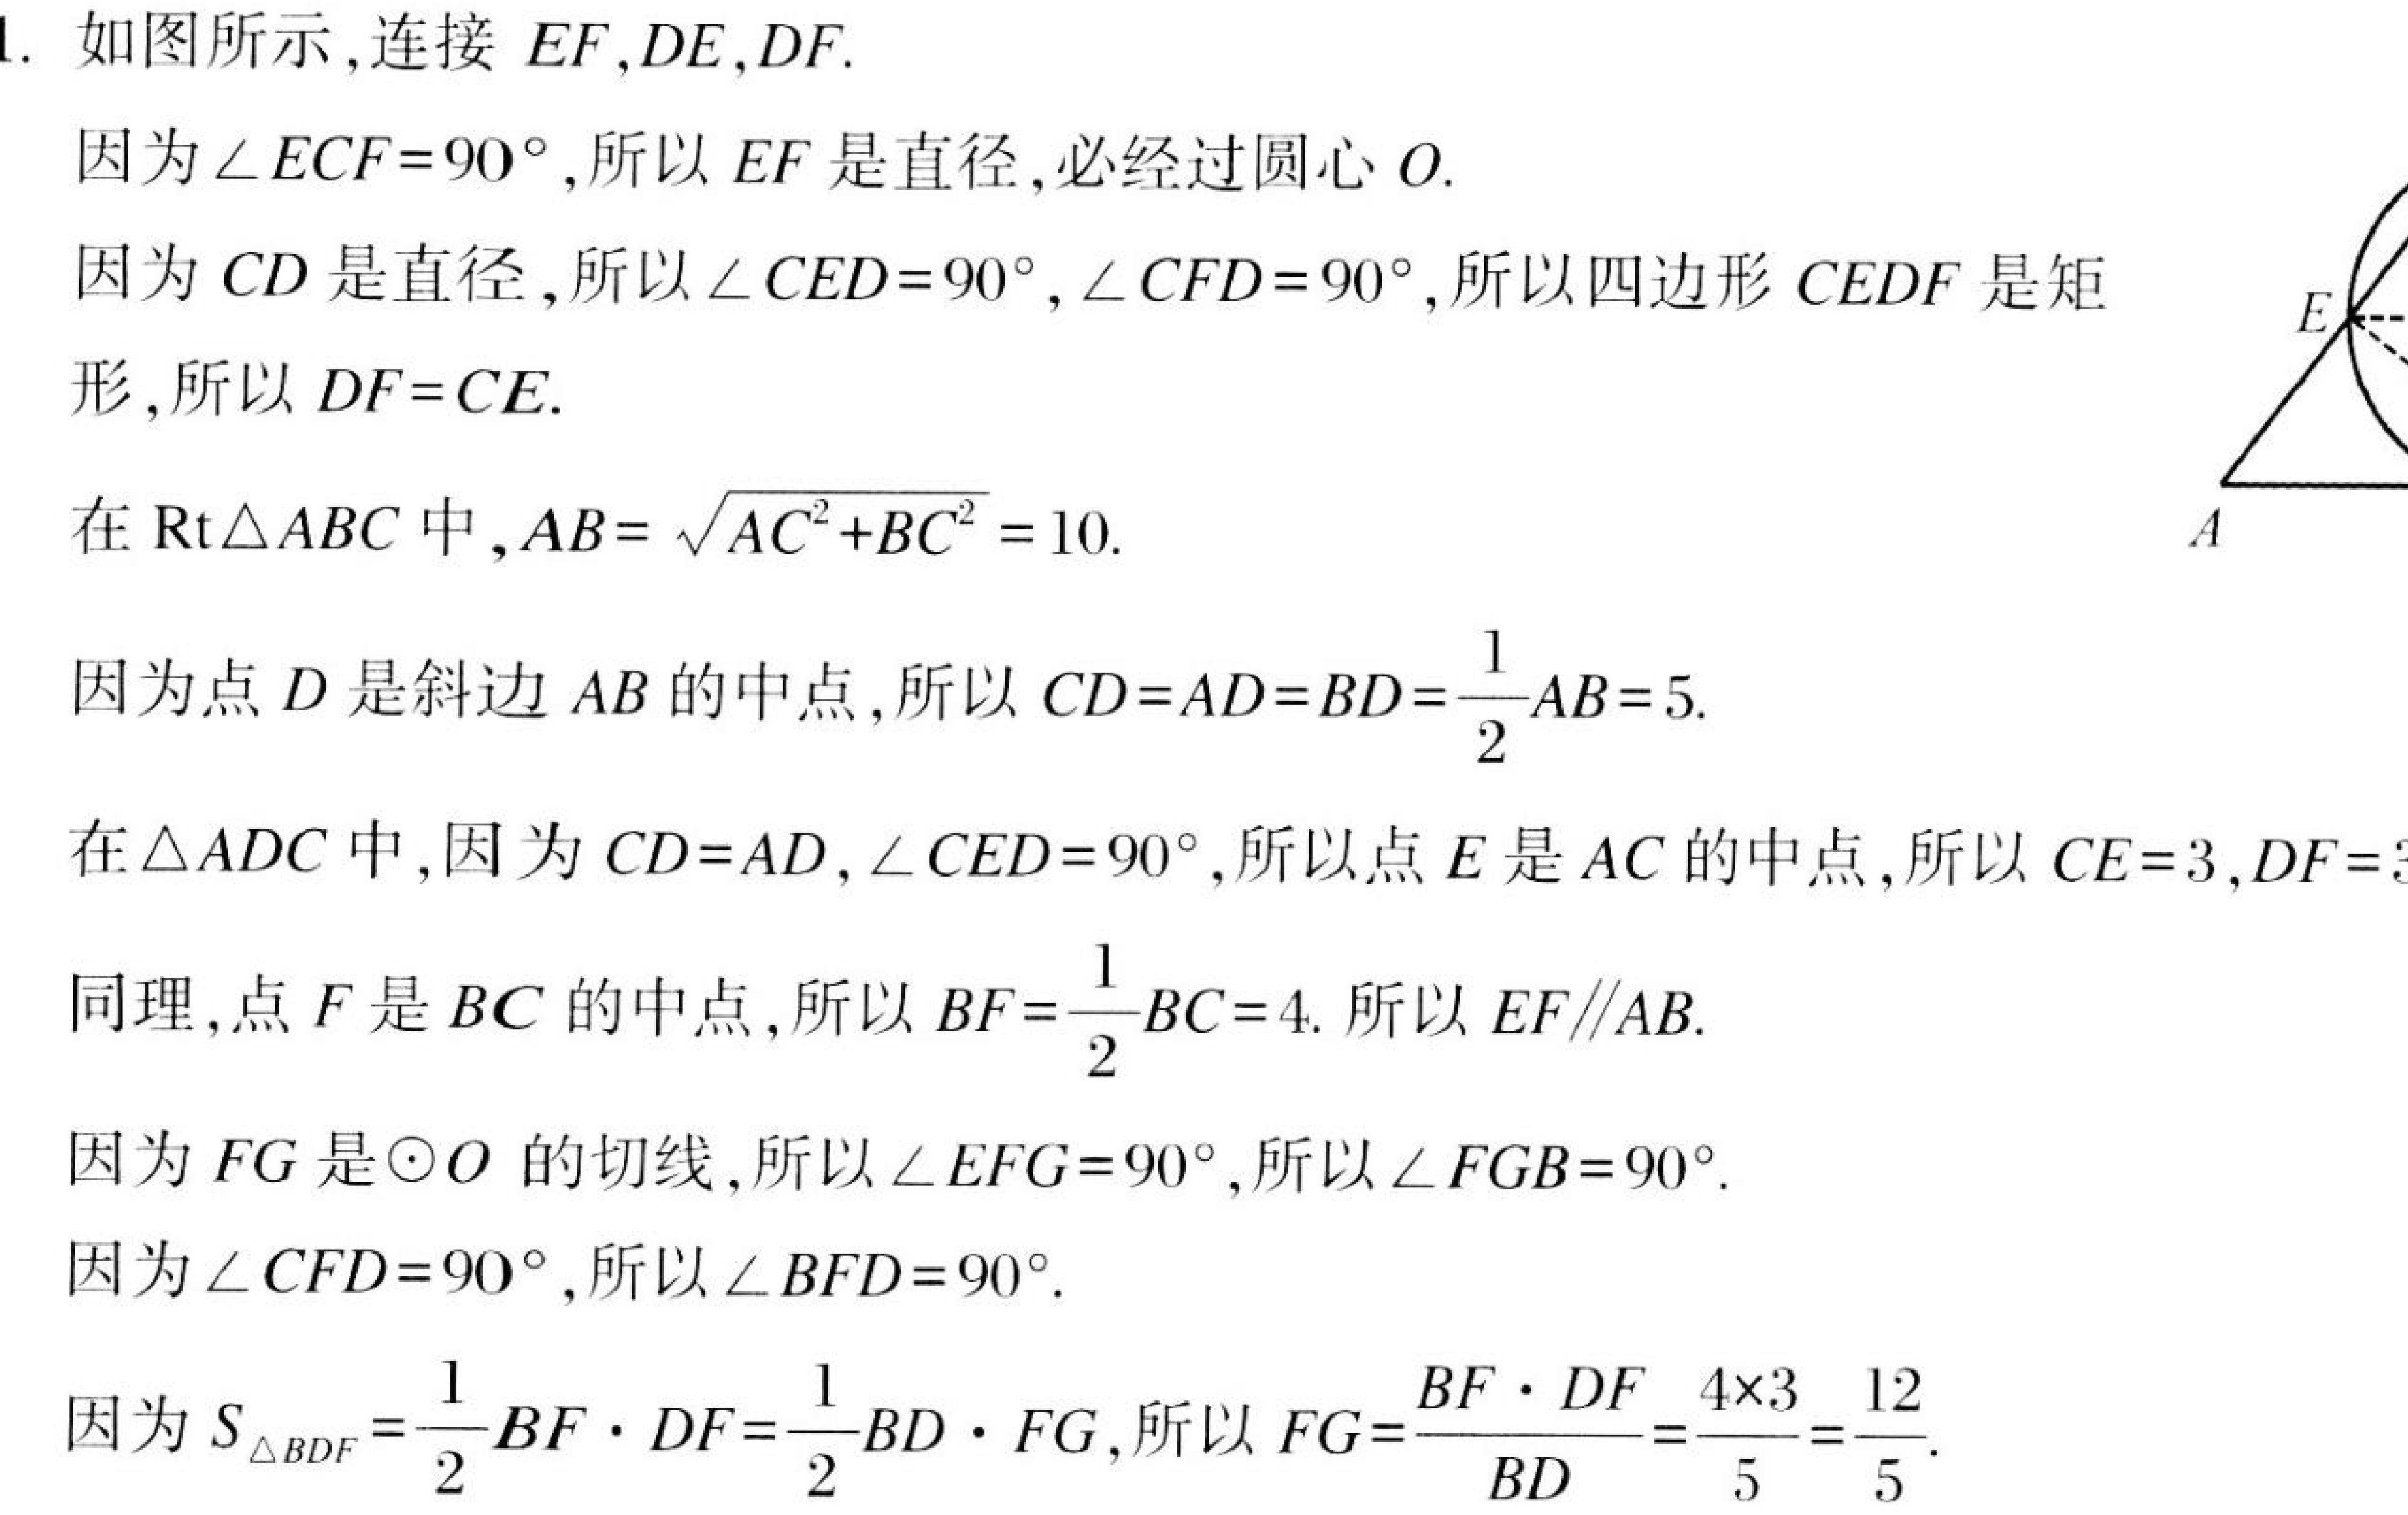
1. 如图所示，连接 \(EF,DE,DF\).
因为\(\angle ECF = 90^{\circ}\)，所以 \(EF\) 是直径，必经过圆心 \(O\).
因为 \(CD\) 是直径，所以\(\angle CED = 90^{\circ},\angle CFD = 90^{\circ}\)，所以四边形 \(CEDF\) 是矩形，所以 \(DF = CE\).
在\(\text{Rt}\triangle ABC\)中，\(AB=\sqrt{AC^{2}+BC^{2}} = 10\).
因为点 \(D\) 是斜边 \(AB\) 的中点，所以 \(CD = AD = BD=\frac{1}{2}AB = 5\).
在\(\triangle ADC\)中，因为 \(CD = AD,\angle CED = 90^{\circ}\)，所以点 \(E\) 是 \(AC\) 的中点，所以 \(CE = 3,DF = 3\).
同理，点 \(F\) 是 \(BC\) 的中点，所以 \(BF=\frac{1}{2}BC = 4\). 所以 \(EF\parallel AB\).
因为 \(FG\) 是\(\odot O\) 的切线，所以\(\angle EFG = 90^{\circ}\)，所以\(\angle FGB = 90^{\circ}\).
因为\(\angle CFD = 90^{\circ}\)，所以\(\angle BFD = 90^{\circ}\).
因为\(S_{\triangle BDF}=\frac{1}{2}BF\cdot DF=\frac{1}{2}BD\cdot FG\)，所以 \(FG=\frac{BF\cdot DF}{BD}=\frac{4\times3}{5}=\frac{12}{5}\).